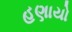
હણાયો